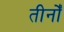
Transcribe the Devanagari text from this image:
तीनोँ